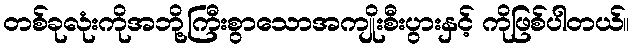
တစ်ခုလုံးကိုအဘို့ကြီးစွာသောအကျိုးစီးပွားနှင့် ကိုဖြစ်ပါတယ်။